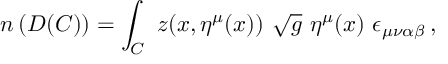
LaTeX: n \left( D ( C ) \right) = \int _ { C } \ z ( x , \eta ^ { \mu } ( x ) ) \ \sqrt { g } \ \eta ^ { \mu } ( x ) \ \epsilon _ { \mu \nu \alpha \beta } \, , \ \,